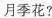
月季花?